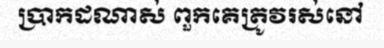
ប្រាកដណាស់ ពួកគេត្រូវរស់នៅ